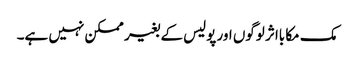
مک مکا بااثر لوگوں اور پولیس کے بغیر ممکن نہیں ہے۔